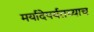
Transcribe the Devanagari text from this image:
मर्यादेपर्यतच्याच